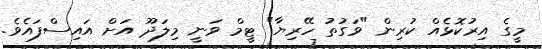
މީގެ އިރުކޮޅެއް ކުރިން "ވަގުތު ހޭރިޔާ" ޓީމް ވަނީ މިލަަދޫ އަށް އައިސްފައެވެ.